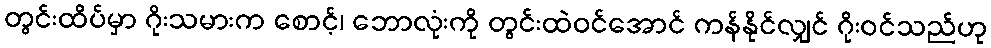
တွင်းထိပ်မှာ ဂိုးသမားက စောင့်၊ ဘောလုံးကို တွင်းထဲဝင်အောင် ကန်နိုင်လျှင် ဂိုးဝင်သည်ဟု